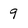
Character: 9